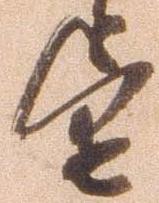
望